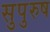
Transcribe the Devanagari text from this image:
सुपुरुष